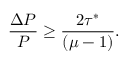
\frac { \Delta P } { P } \geq \frac { 2 \tau ^ { * } } { ( \mu - 1 ) } .